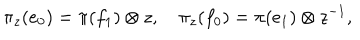
LaTeX: \pi _ { z } ( e _ { 0 } ) = \pi ( f _ { 1 } ) \otimes z , \quad \pi _ { z } ( f _ { 0 } ) = \pi ( e _ { 1 } ) \otimes z ^ { - 1 } ,